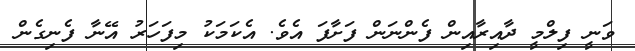
ވަނީ ފިލްމީ ދާއިރާއިން ފެންނަން ފަށާފަ އެވެ. އެކަމަކު މިފަހަރު އޭނާ ފެނިގެން